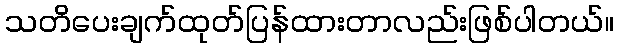
သတိပေးချက်ထုတ်ပြန်ထားတာလည်းဖြစ်ပါတယ်။